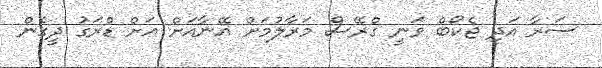
ސަރާ އަދި ޖެކޯބް ވަނީ ގްރޭސް މަރާލުމަށް އޭނާއަށް އަށް ޑްރަގު ދީގެން